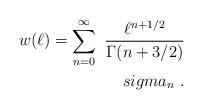
LaTeX: \begin{align*}w(\ell)= \sum_{n=0}^{\infty}\ {\ell^{n+1/2} \over \Gamma(n+3/2)}\\sigma_{n}\ .\end{align*}